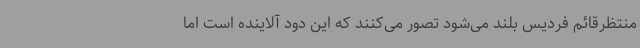
منتظرقائم فردیس بلند می‌شود تصور می‌کنند که این دود آلاینده است اما